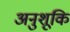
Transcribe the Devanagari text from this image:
अनुशूकि